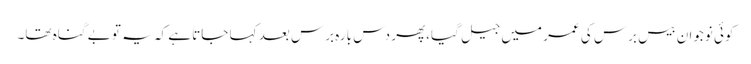
کوئی نوجوان بیس برس کی عمر میں جیل گیا،پھر دس بارہ برس بعد کہا جاتا ہے کہ یہ تو بے گناہ تھا۔